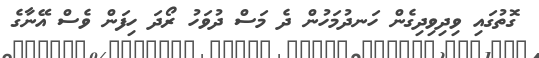
ގޮތުގައި ވިދިވިދިގެން ހަނދުމަހުން ދެ މަސް ދުވަހު ރޯދަ ހިފަން ވެސް އޭނާގެ